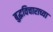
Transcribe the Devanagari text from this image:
बुद्धविचाराच्या